Civil Veterinary Department Bengal reports 1933-51 - 1933-1951
Year: 1933
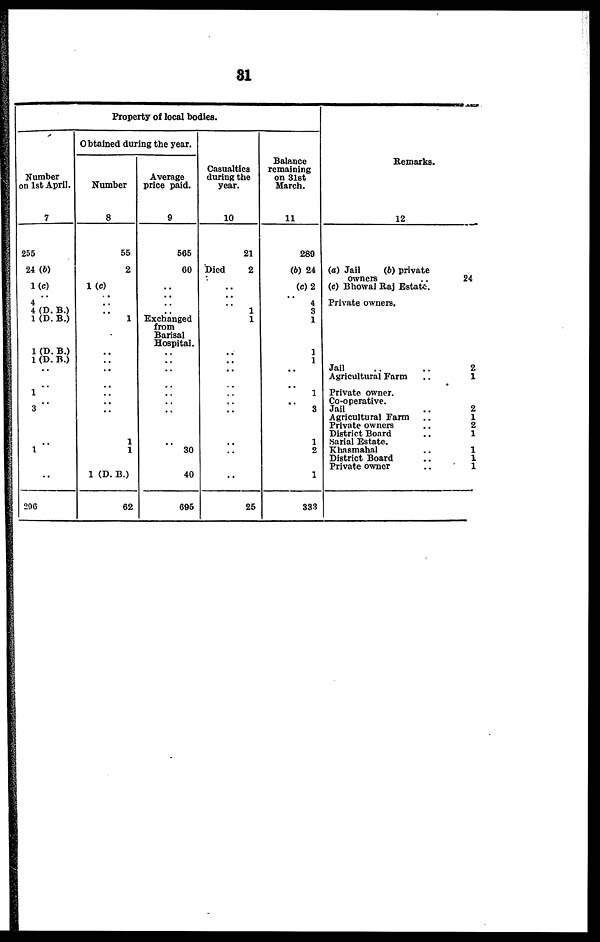
81
Property of local bodies.
Number
on 1st April.
7
255
24 (b)
1(c)
..
4 4 (D. B.)
1 (D. B.)
1 (D. B.)
1 (D. B.)
..
1
.. 3
.. 1
..
200
Obtained during the year.
Number
8
55
2
1(c)
..
..
..
1
..
..
.. ..
..
..
1
1
1 (D. B.)
62
Average
price paid.
9
565
60
..
..
.. .. Exchanged
from
Barisal
Hospital.
..
.. ..
..
..
..
30
40
696
Casualties
during the
year.
10
21
Died
2
..
..
..
1
1
..
..
..
..
..
..
..
25
Balance
remaining
on 31st
March.
11
289
(b) 24
(c) 2
..
4 3
1
1
1
..
1
..
3
1
2
1
333
Remarks.
12
(a) Jail
(b) private
owners
(c) Bhowal Raj Estate.
Private owners.
Jail....
Agricultural Farm ..
Private owner.
Co-operative.
Jail
Agricultural Farm ..
Private owners ..
District Board . ...
Serial Estate.
Khnsmahal ..
District Board..
Private owner ..
24
2
1
2
1
2
1
1
1
1